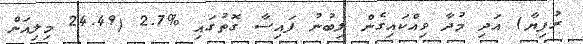
ރުފިޔާ) އަދި މުދާ ވިއްކައިގެން ލިބުނު ފައިސާ ގޮތުގައި %2.7 (24.49 މިލިއަން